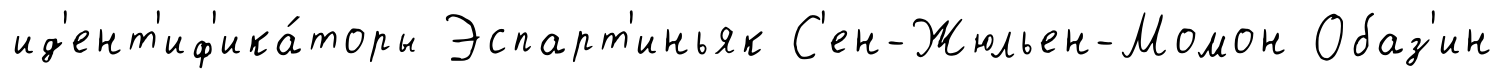
ид'ент'иф'ика́торы Эспарт'иньяк С'ен-Жюльен-Момон Обаз'ин